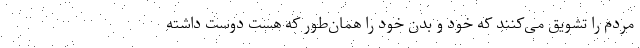
مردم را تشویق می‌کنند که خود و بدن خود را همان‌طور که هست دوست داشته